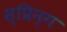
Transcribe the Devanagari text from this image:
स्प्रिन्ग